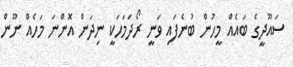
ސައޫދީގެ ބައެއް މީހުން ބުނެފައި ވަނީ ރޯދަމަހަކީ ނިދަން އޮންނަ މަހެއް ނޫން